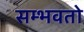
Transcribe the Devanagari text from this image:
सम्भवतो